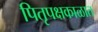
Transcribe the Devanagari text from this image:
पितृपक्षकाळात